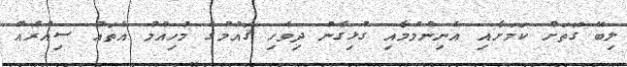
ލިބޭ ގޮތަށް ކަމަށާއި އެނިންމުމާއި ގުޅިގެން ދިވެހި ޤައުމުގެ މުހިއްމު އެތައް ސިއްރެއް